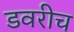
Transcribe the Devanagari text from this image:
डवरीच